Cholera in India, 1862 to 1881
Year: 1862
Disease focus: Cholera
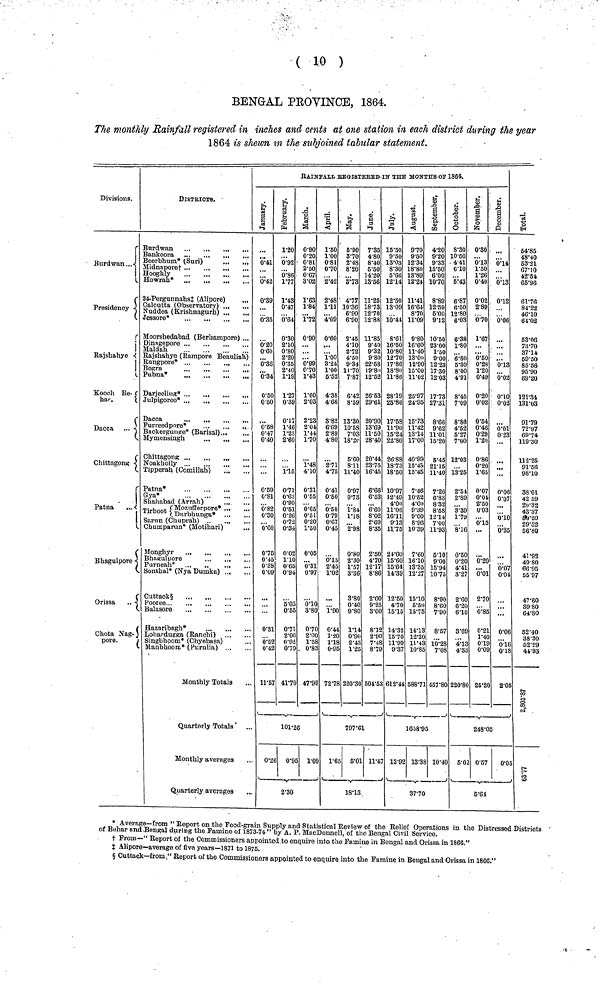
( 10 )
BENGAL PROVINCE, 1864.
The monthly Rainfall registered in inches and cents at one station in each district during the year
1864 is shewn in the subjoined tabular statement.
Divisions.
Burdwan...
Presidency
Rajshahye ·
Kooch
Behar.
Dacca
Chittagong
Patna
Bhagulpore
Orissa
Chota Nagpore.
DISTRICTS.
Beerbhum* (Suri)
Midnapore†
Hooghly
24-Pergunnahs‡ (Alipore)
...
Calcutta (Observatory)
Nuddea (Krishnagurh)
Moorshedabad (Berhampore) ...
Maldah
Rajshahye (Rampore Beauliah)
Bosra
Pubna*
Furreedpore*
Backergunpe* (Barisal)
Mymensingh
Chittagons*
Noakholly
Tipperah (Comillah)
Patna*
Gya*
Shahabad (Arrah)
Tirhoot { Mozufferpore*
Trihoot{Durbhunga*
Sarun (Chuprah)
Chumparun* (Motihari)
Monghyr
Bhaguulpore
Sonthal* (Nya Dumka)
Cuttaok§
Balasore
Haznribagh*
Lohardugga (Ranchi)
Monthly Totals
Quarterly Totals '
Monthly averages
Quarterly averages
RΑΙΝFALL REGISTERED-IN THE MONTHS OF 1864.
January
0.41
0.42
0.39
0.35
0.20
0.60
0.36
0.34
0.50
0.50
0.58
0.47
0.40
0.69
0.81
0.82
0.30
0.60
0.75
0.45
0.39
0.09
0.31
0.52
0.42
11. 57_
Februwary
1.20
0.92
0.86
1.77
1.43
0.47
0.64
0.30
2.10
0.80
2.20
0.35
2.40
1.19
1.27
0.39
0.17
1.46
1.23
2.60
1.15
0.71
0.63
0.90
0.51
0.26
0.72
0.34
0.02
1.10
0.65
0·94
0.55
0.71
2.00
0.92
0.79
41.70
March
0.90
0.20
0.81
2.50
0.67
3.02
1.63
1.84
1.72
0.90
0.99
0.70
1.43
1.60
2.03
2.23
2.03
1.44
1.70
1.48
4.10
0.31
0.55
0.65
0.51
0.20
1.50
0.05
0.31
0.97
0.10
3.80
0.70
2·00
1.38
0.83
47.99
101.26
0.26
0.95 1.09
2.30
April
1.50
1.00
0.81
0.70
2.42
2.48
1.11
4.09
0.60
1.00
3.24
1.00
5.52
4.38
4.66
8.82
6.69
2.89
4.80
2.71
4.75
0.41
0.50
0.50
0.79
0.07
0.45
0.15
2.45
1.02
1.90
0.44
1·20
1.18
0.95
72.78
May
6.90
8.70
2.48
8.20
8.73
4.77
10.36
6.90
6.90
2.45
4.10
2.72
4.50
9'.4
11.70
7.87
6.42
8 ·58
13.30
10.58
7.03
18.20
5.60
8.11
11.40
0.97
0.73
1.84
1.18
2.98
0.80
2.30
1.57
3.36
3.80
0.40
9.80
1.14
0.90
2.43
1.25
220.30
June
7.35
4. 80
8.40
5.50
14.20
13.56
11.25
18.73
12.70
12.88
11.85
9.40
9.32
9.80
22.58
19.80
12.52
26.53
29.61
20.90
13.69
11.50
28.40
20.44
23.75
16.45
6.66
6.53
6.60
8.02
2.69
8.35
2.50
4.70
12.17
8.86
2.00
9.25
3.00
8.12
2.90
7.48
8.79
504.53
July
15 .50
9.50
13.03
8.30
5.66
12.14
12.60
13.09
10.44
8.61
16.50
10.80
12.70
17.86
18.80
11.86
28.19
25.86
17.58
11.90
15.24
22.80
26.88
18.73
18.50
10.97
12.49
4.00
11.06
16.11
9.13
11.75
24.60
15.60
15.64
14.39
12.50
4.70
15.15
14.32
15.70
11.99
9.37
612.44
797.61
1.65 5.01
11.47
18.13
13.99
August
9.70
9.50
12.34
18.80
13.89
12.24
11.41
16.64
8.70
11.09
9 .80
16.60
11.40
13.00
12.90
15.00
11.02
25.97
24.95
15.73
11.42
13.14
17.00
40.99
15.45
15.45
7.46
10.52
4.60
9.39
9.00
8.96
10·39
7.60
16.10
13.35
12.27
15.10
5.50
15.75
14.13
12.20
11.43
10.85
588.71
September
4.20
9.20
9.33
15.50
6.00
10.70
8.89
12.59
6.00
9.12
10.50
23.00
1.60
9.00
12.22
17.80
12.03
17.73
27 .81
8.66
9.62
11.01
15.20
21.15
11.40
8.32
8.58
12.14
7.00
11.93
5.10
9 .00
15.94
10.75
8.90
8.60
7.90
8.57
10.28
7.08
457.80
October
8.30
10.50
4.41
6.10
5.43
6.87
6.50
12.80
6.03
6.38
1.80
6.80
5.30
8.00
4.91
8.86
4.52
5.27
7.00
12.03
13.25
3.39
1.79
8.16
0.50
0.20
4.41
3.27
2.60
6.20
6.10
3.69
4·13
4.33
220.80
1658.95
13.38
10.40
37.70
5.02
November
0.30
0.13
1.50
1.26
0.40
0.02
2.89
0.70
1.67
0.50
0.28
1.20
0.49
0.20
0.02
0.54
0.46
0.29
1.20
0.86
0.20
1.65
0.07
0.04
2.50
0.03
0.15
...
0.20
0.01
2.70
0.85
0.21
1.40
0.19
0.09
25.20
December
0.14
..·
0.13
0.12
0.06
0.18
0.02
0.01
0.23l
...
...
...
0.10
0.35
...
0.07
0.04
0.06
0.16
0.18
2.05
Total
54.85
53.21
67.10
61.76
84.22
46.10
63.06
78.70
69.20
91.79
72.97
69.74
119.30
91.56
98.10
6l) "¿0
29.52
56.80
55.97
47.60
39'80
64.80
38.30
52.29
44.93
2805.87
248.05
0.57
0.05
63.77
5.64
* Average—from " Report on the Food-grain Supply and Statistical Review of the Relief Operations in the Distressed Districts
of Behar and .Bengal during the Famine of 1878-74 " by A. P. MacDonnell, of the Bengal Civil Service.
† From—" Report of the Commissioners appointed to enquire into the Famine in Bengal and Orissa in 1866."
‡ Alipore—average of five years—1871 to 1875.§ Cuttack—from," Report of the Commissioners appointed to enquire int